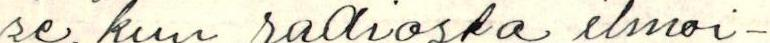
se, kun radiosta ilmoi-